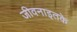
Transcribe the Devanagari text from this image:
जीवनाइतके